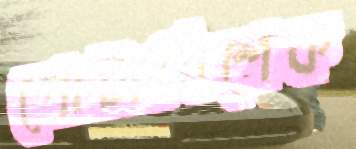
গোটাত্রিশেক